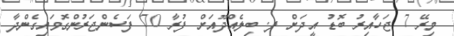
މިރޭ 7 ޖަހާއިރު ބޮޑު އީދަށް ފ. ބިލެއްދޫއަށް ފުރާ 70 ފަސެންޖަރުންގޮވައިގެންދާ